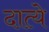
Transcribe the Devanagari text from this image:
दात्ये